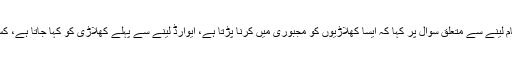
سابق لیگ اسپنر نے مین آف دا میچ ایوارڈ حاصل کرنے والے کھلاڑیوں کے کوچز اور دیگر کے نام لینے سے متعلق سوال پر کہا کہ ایسا کھلاڑیوں کو مجبوری میں کرنا پڑتا ہے، ایوارڈ لینے سے پہلے کھلاڑی کو کہا جاتا ہے، کس کس کا نام لینا ہے، اگر کھلاڑی کسی کا نام لینا بھول جائے تو اس کے لئے مسئلے ہو جاتے ہیں۔